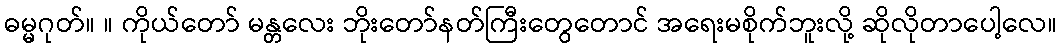
ဓမ္မဂုတ်။ ။ ကိုယ်တော် မန္တလေး ဘိုးတော်နတ်ကြီးတွေတောင် အရေးမစိုက်ဘူးလို့ ဆိုလိုတာပေါ့လေ။